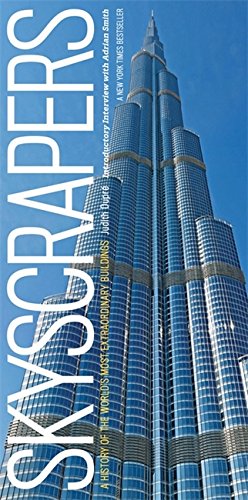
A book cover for Skyscrapers: A History of the World's Most Extraordinary Buildings -- Revised and Updated; Judith Dupre; Arts & Photography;